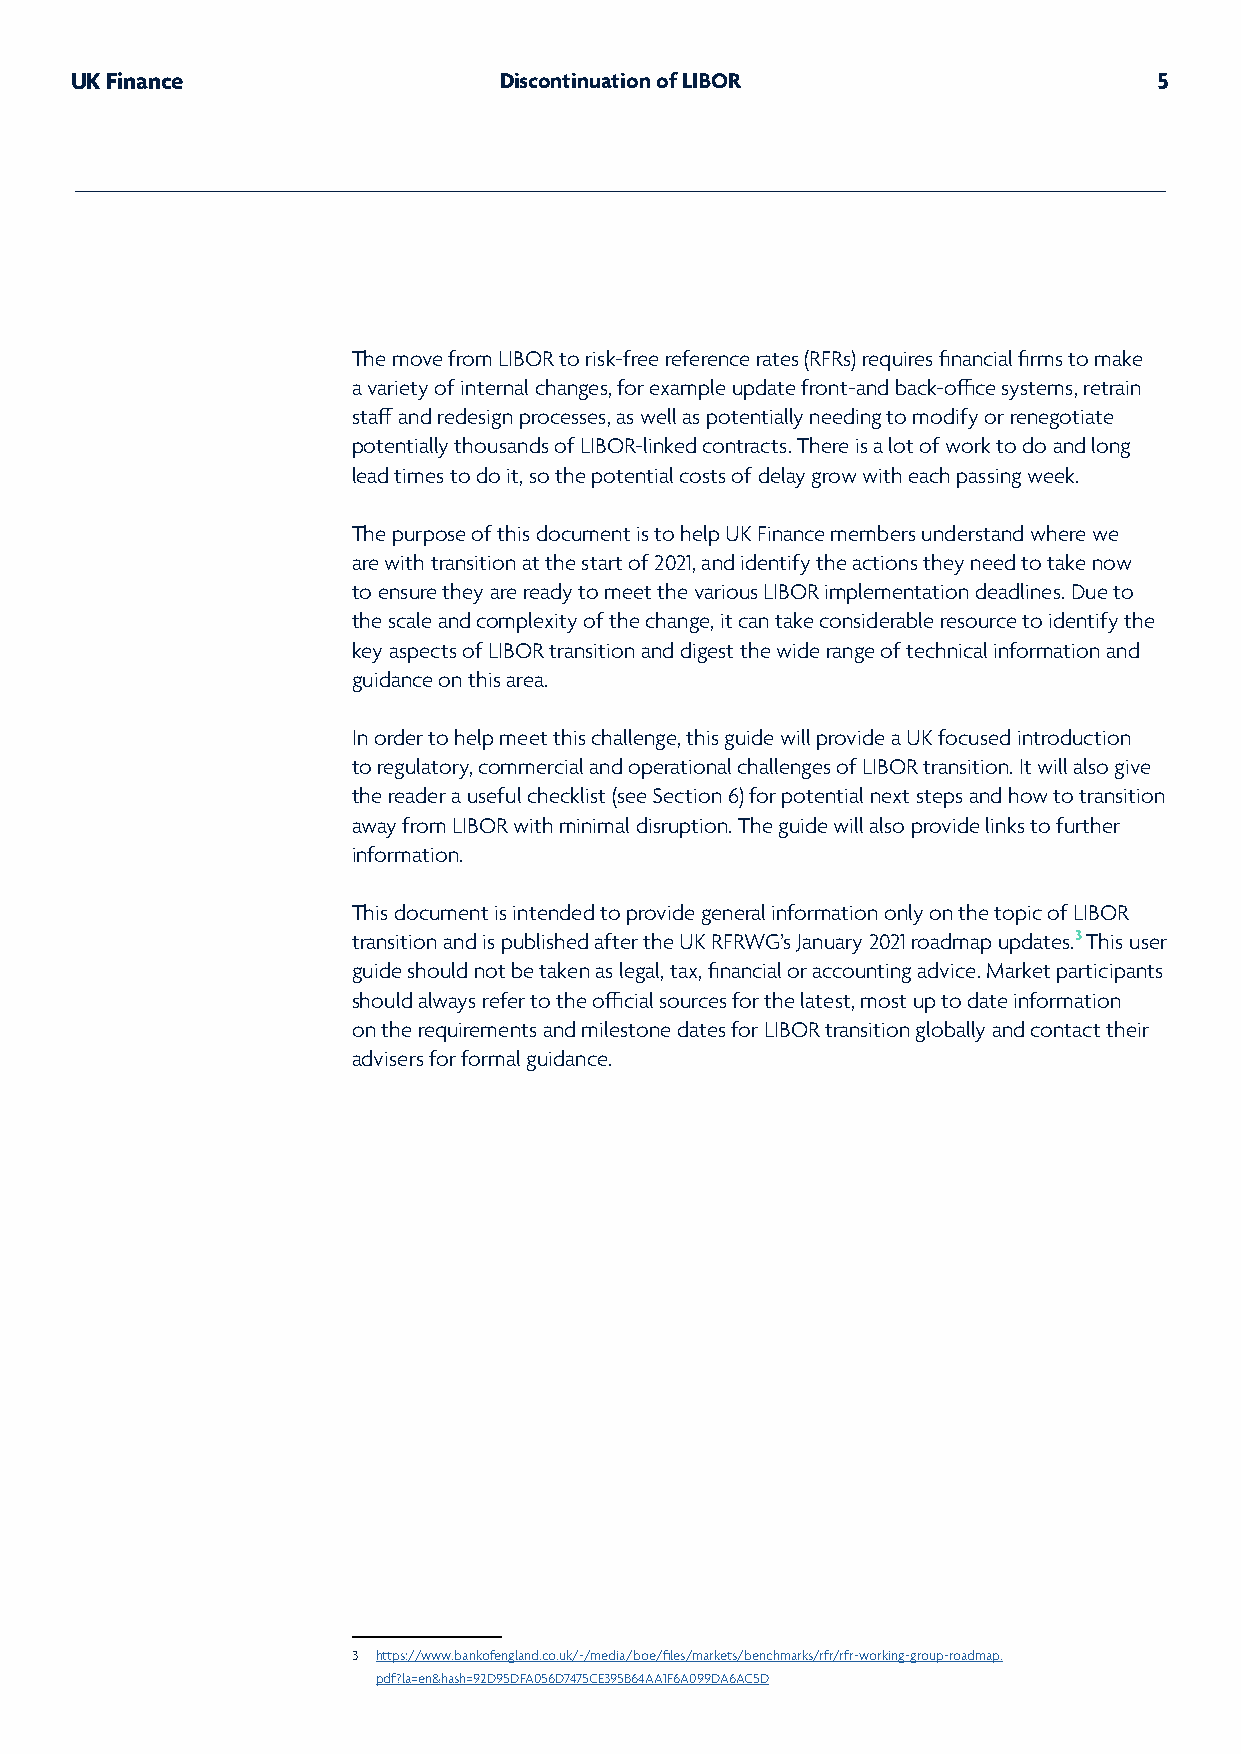
UK Finance                  Discontinuation of LIBOR                    5
 The move from LIBOR to risk-free reference rates (RFRs) requires financial firms to make
 a variety of internal changes, for example update front-and back-office systems, retrain
 staff and redesign processes, as well as potentially needing to modify or renegotiate
 potentially thousands of LIBOR-linked contracts. There is a lot of work to do and long
 lead times to do it, so the potential costs of delay grow with each passing week.
 The purpose of this document is to help UK Finance members understand where we
 are with transition at the start of 2021, and identify the actions they need to take now
 to ensure they are ready to meet the various LIBOR implementation deadlines. Due to
 the scale and complexity of the change, it can take considerable resource to identify the
 key aspects of LIBOR transition and digest the wide range of technical information and
 guidance on this area.
 In order to help meet this challenge, this guide will provide a UK focused introduction
 to regulatory, commercial and operational challenges of LIBOR transition. It will also give
 the reader a useful checklist (see Section 6) for potential next steps and how to transition
 away from LIBOR with minimal disruption. The guide will also provide links to further
 information.
 This document is intended to provide general information only on the topic of LIBOR
 transition and is published after the UK RFRWG’s January 2021 roadmap updates.3 This user
 guide should not be taken as legal, tax, financial or accounting advice. Market participants
 should always refer to the official sources for the latest, most up to date information
 on the requirements and milestone dates for LIBOR transition globally and contact their
 advisers for formal guidance.
 3 https://www.bankofengland.co.uk/-/media/boe/files/markets/benchmarks/rfr/rfr-working-group-roadmap.
 pdf?la=en&hash=92D95DFA056D7475CE395B64AA1F6A099DA6AC5D